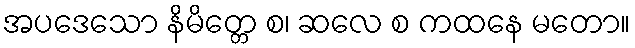
အပဒေသော နိမိတ္တေ စ၊ ဆလေ စ ကထနေ မတော။